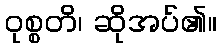
ဝုစ္စတိ၊ ဆိုအပ်၏။